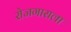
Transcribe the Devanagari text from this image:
रोजगाराला